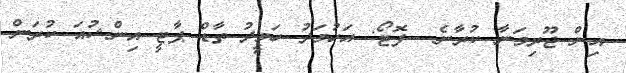
އިން ޖޫރިމަނާ ކުރާނެ --ފޮޓޯ: އަހުމަދު ހަމީދު ތާޑް ޕާޓީ އިންޝުއަ ކުރަން